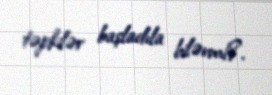
təpkilər başladıla bilərmi?.